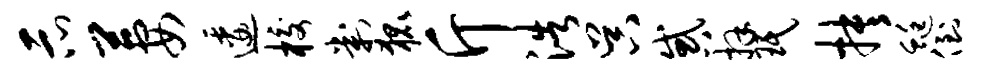
示萋逶校判狐斤浩吴惑拜珉抉蜓倒